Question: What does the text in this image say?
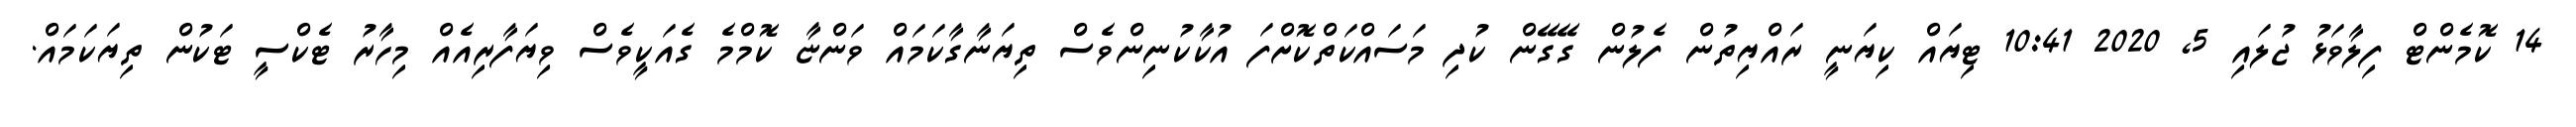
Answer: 14 ކޮމެންޓް ފިލާވަޅު ޖުލައި 5, 2020 10:41 ޓިޔައް ކިޔަނީ ރައްޔިތުން ފެލުން ގޭގޭން ކުދި މަސައްކަތްކޮށްފަ އުކާކުނިންވެސް ތިޔަނާގާކަމައް ވަންޏާ ކޮމްމެ ގެއަކީވެސް ވިޔަފާރިއެއް މިހާރު ޓެކްސީ ޓަކުން ތިޔަކަމައް.